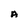
Character: A